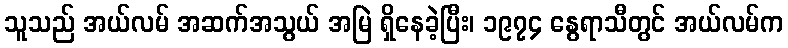
သူသည် အယ်လမ် အဆက်အသွယ် အမြဲ ရှိနေခဲ့ပြီး၊ ၁၉၇၄ နွေရာသီတွင် အယ်လမ်က